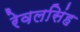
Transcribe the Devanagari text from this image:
रेवलसिंह